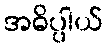
အဓိပ္ပါယ်